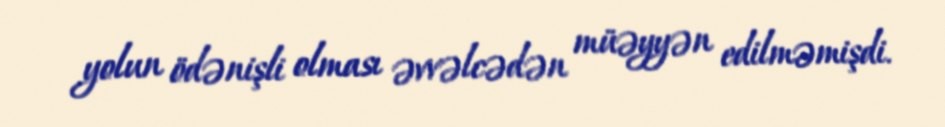
yolun ödənişli olması əvvəlcədən müəyyən edilməmişdi.